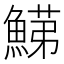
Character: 𩹋